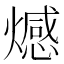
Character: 𤐉